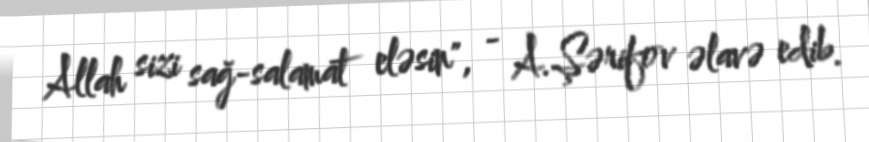
Allah sizi sağ-salamat eləsin", - A.Şərifov əlavə edib.